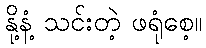
နို့နံ့ သင်းတဲ့ ဖရုံစေ့။